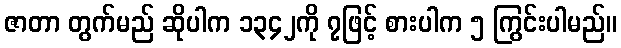
ဇာတာ တွက်မည် ဆိုပါက ၁၃၄၂ကို ၇ဖြင့် စားပါက ၅ ကြွင်းပါမည်။